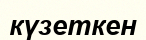
күзеткен